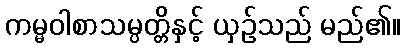
ကမ္မဝါစာသမ္ပတ္တိနှင့် ယှဉ်သည် မည်၏။